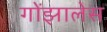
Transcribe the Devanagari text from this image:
गोंझालेस